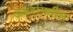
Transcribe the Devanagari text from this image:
अक्षरांमधील